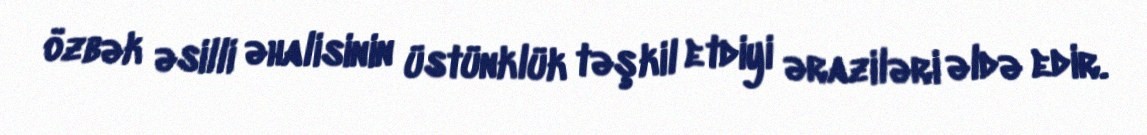
özbək əsilli əhalisinin üstünklük təşkil etdiyi əraziləri əldə edir.